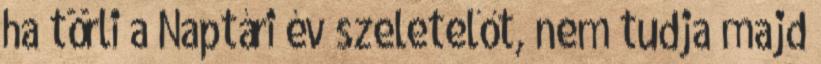
ha törli a Naptári év szeletelőt, nem tudja majd